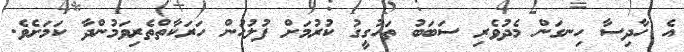
އެ ހާދިސާ ހިނގަން މެދުވެރި ސަބަބު ތަހުގީގު ކުރުމަށް ފުލުހުން ހަރަކާތްތެރިވަމުންދާ ކަމަށެވެ.